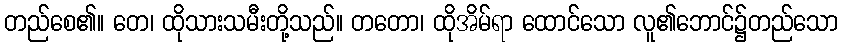
တည်စေ၏။ တေ၊ ထိုသားသမီးတို့သည်။ တတော၊ ထိုအိမ်ရာ ထောင်သော လူ၏ဘောင်၌တည်သော